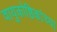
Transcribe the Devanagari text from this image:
वायुकोष्ठिकांच्या